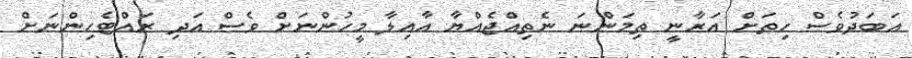
އަބަދުވެސް ހިތަށް އަރާނީ ތިމަންނަ ނެތިއްޖެއްޔާ އާއިލާ މީހުންނަށް ވެސް އަދި ރައްޓެހިންނަށް